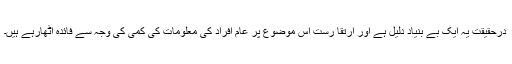
درحقیقت یہ ایک بے بنیاد دلیل ہے اور ارتقا رست اس موضوع پر عام افراد کی معلومات کی کمی کی وجہ سے فائدہ اٹھارہے ہیں۔